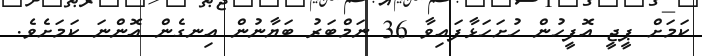
ކަމަށް ޕީޖީ އޮފީހުން ހުށަހަޅާފައިވާ 36 ނަމްބަރު ބަޔާނުން އިނގެން އޮންނަ ކަަމަށެވެ.